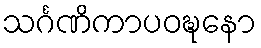
သင်္ဂဏိကာပဝဍ္ဎနော